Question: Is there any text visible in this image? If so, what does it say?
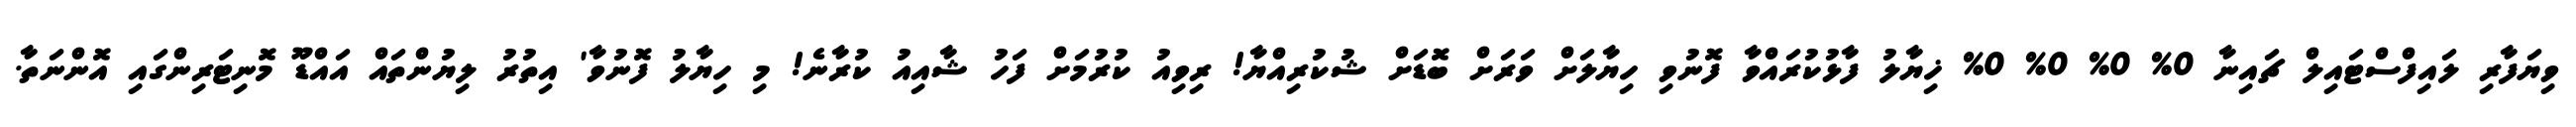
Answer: ވިޔަފާރި ލައިފްސްޓައިލް ޗައިނާ 0% 0% 0% 0% ޚިޔާލު ފާޅުކުރައްވާ ފޮނުވި ހިޔާލަށް ވަރަށް ބޮޑަށް ޝުކުރިއްޔާ! ރިވިއު ކުރުމަށް ފަހު ޝާއިއު ކުރާނެ! މި ހިޔާލު ފޮނުވާ' އިތުރު ލިޔުންތައް އައްޑޫ މޮނިޓަރިންގައި އޮންނަތާ.